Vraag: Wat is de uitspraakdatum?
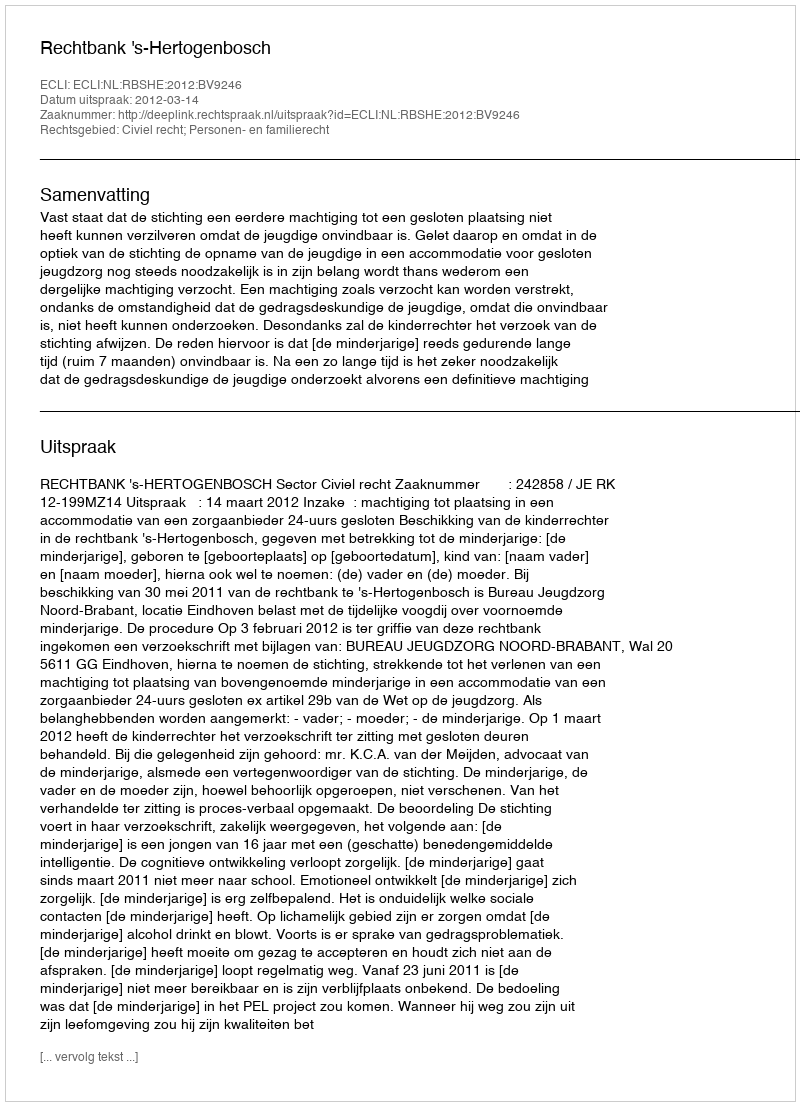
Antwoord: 2012-03-14